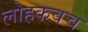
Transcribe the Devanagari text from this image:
लोहकवच